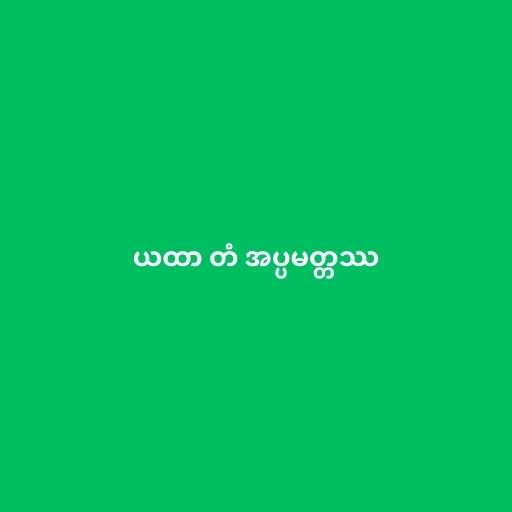
ယထာ တံ အပ္ပမတ္တဿ